Report on vaccination in Madras 1877-1894 - 1877-1894
Year: 1877
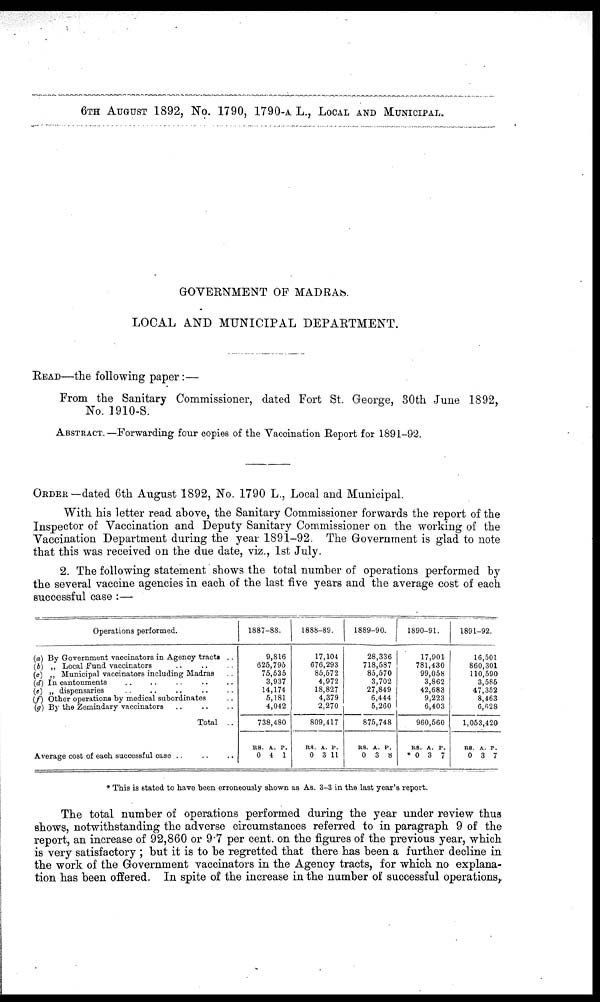
6TH AUGUST 1892, No. 1790, 1790-A. L., LOCAL AND MUNICIPAL.
GOVERNMENT OF MADRAS.
LOCAL AND MUNICIPAL DEPARTMENT.
READ—the following paper:—
From the Sanitary Commissioner, dated Fort St. George, 30th June 1892,
No. 1910-S.
ABSTRACT.—Forwarding four copies of the Vaccination Report for 1891-92.
ORDER—dated 6th August 1892, No. 1790 L., Local and Municipal.
With his letter read above, the Sanitary Commissioner forwards the report of the
Inspector of Vaccination and Deputy Sanitary Commissioner on the working of the
Vaccination Department during the year 1891-92. The Government is glad to note
that this was received on the due date, viz., 1st July.
2. The following statement shows the total number of operations performed by
the several vaccine agencies in each of the last five years and the average cost of each
successful case :—
Operations performed.
(a) By Government vaccinators in Agency tracts ..
(b) „ Local Fund vaccinators .. .. ..
(c) „ Municipal vaccinators including Madras ..
(d) In cantonments .. .. .. .. ..
(e) „ dispensaries .. .. .. .. ..
(f) Other operations by medical subordinates ..
(g) By the Zemindary vaccinators .. .. ..
Total ..
Average cost of each successful case .. .. ..
1887-88.
9,816
625,795
75,535
3,937
14,174
5,181
4,042
738,480
RS.
0
A.
4
P.
1
1888-89.
17,104
676,293
85,572
4,972
18,827
4,379
2,270
809,417
RS.
0
A.
3
P.
11
1889-90.
28,336
718,587
85,570
3,702
27,849
6,444
5,260
875,748
RS.
0
A.
3
P.
8
1890-91.
17,901
781,430
99,058
3,862
42,683
9,223
6,403
960,560
RS.
* 0
A.
3
P.
7
1891-92.
16,501
860,301
110,590
3,585
47,352
8,463
6,628
1,053,420
RS.
0
A.
3
P.
7
* This is stated to have been erroneously shown as As. 3-3 in the last year's report.
The total number of operations performed during the year under review thus
shows, notwithstanding the adverse circumstances referred to in paragraph 9 of the
report, an increase of 92,860 or 9.7 per cent. on the figures of the previous year, which
is very satisfactory ; but it is to be regretted that there has been a further decline in
the work of the Government vaccinators in the Agency tracts, for which no explana-
tion has been offered. In spite of the increase in the number of successful operations,